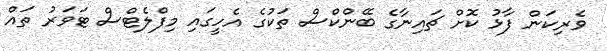
ވެރިކަން ފާޅު ކޮށް ޗައިނާގެ ބޭންކްސް ތަކުގެ އެހީގައި މިފްލެޓްސް ޓަވަރު ތައް